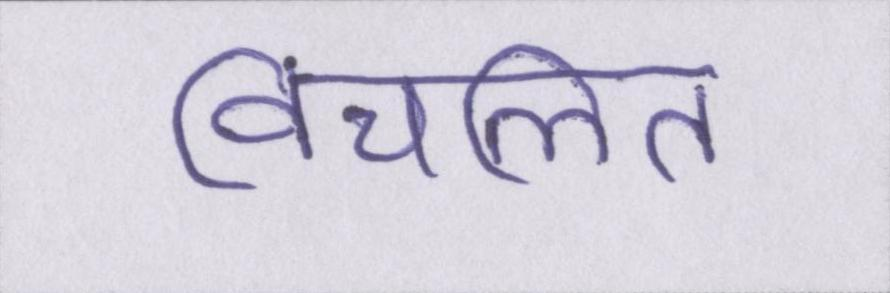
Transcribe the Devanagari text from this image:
विचलित